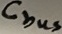
Text: Cbus